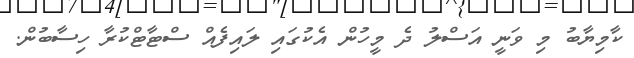
ކާމިޔާބު މި ވަނީ އަސްލު ދެ މީހުން އެކުގައި ލައިފެއް ސްޓާޓްކުރާ ހިސާބުން.